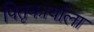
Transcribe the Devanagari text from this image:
पितृकार्याला